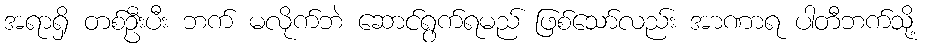
အရာရှိ တစ်ဦးပီး ဘက် မလိုက်ဘဲ ဆောင်ရွက်ရမည် ဖြစ်သော်လည်း အာဏာရ ပါတီဘက်သို့